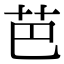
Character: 芭